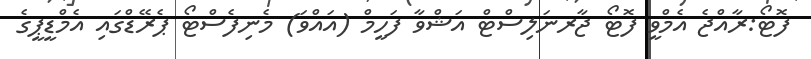
ފޮޓޯ:ރާއްޖެ އެމްވީ ފޮޓޯ ޖާރނަލިސްޓް އަޝްވާ ފަހީމް (އައްވަ) މެނިފެސްޓޯ ޕެރޭޑްގައި އެމްޑީޕީގެ